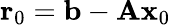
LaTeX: \mathbf{r}_{0}=\mathbf{b}-\mathbf{Ax}_{0}